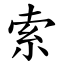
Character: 索